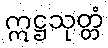
ဣဋ္ဌသုတ္တံ